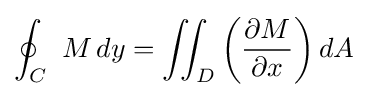
\oint _{C}\ M\,dy=\iint _{D}\left({\frac {\partial M}{\partial x}}\right)dA